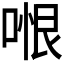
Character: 𭉆